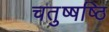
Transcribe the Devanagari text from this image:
चतुष्षष्ठि